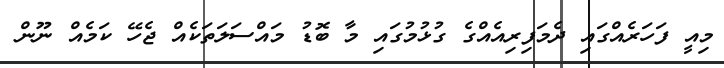
މިއީ ފަހަރެއްގައި ދެމަފިރިއެއްގެ ގުޅުމުގައި މާ ބޮޑު މައްސަލަތަކެއް ޖެހޭ ކަމެއް ނޫން